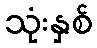
သုံးနှစ်